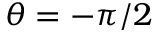
\theta = - \pi / 2